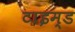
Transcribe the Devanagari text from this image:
टाइम्ड